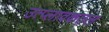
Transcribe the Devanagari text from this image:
उत्प्लावकतल